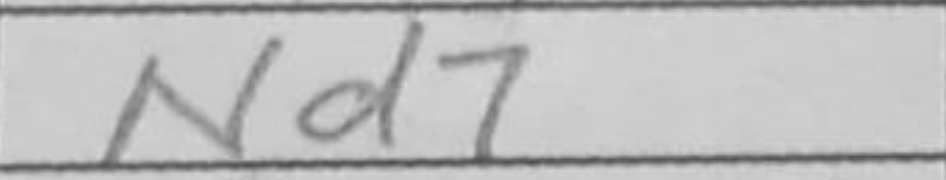
Transcription: Nd7